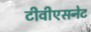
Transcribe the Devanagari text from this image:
टीवीएसनेट